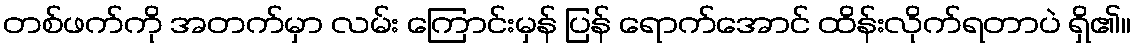
တစ်ဖက်ကို အတက်မှာ လမ်း ကြောင်းမှန် ပြန် ရောက်အောင် ထိန်းလိုက်ရတာပဲ ရှိ၏။